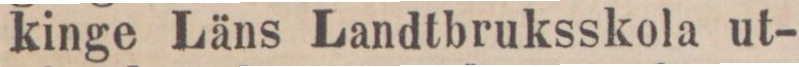
kinge Läns Landtbruksskola ut-